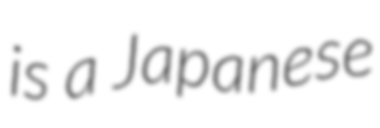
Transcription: is a Japanese